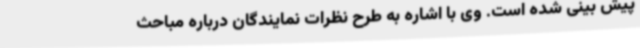
پیش بینی شده است. وی با اشاره به طرح نظرات نمایندگان درباره مباحث